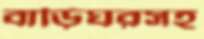
বাড়িঘরসহ